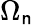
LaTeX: \Omega_{\mathsf{n}}